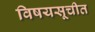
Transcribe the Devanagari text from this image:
विषयसूचीत